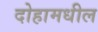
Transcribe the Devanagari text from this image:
दोहामधील